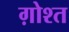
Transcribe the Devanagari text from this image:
ग़ोश्त